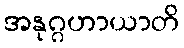
အနုဂ္ဂဟာယာတိ